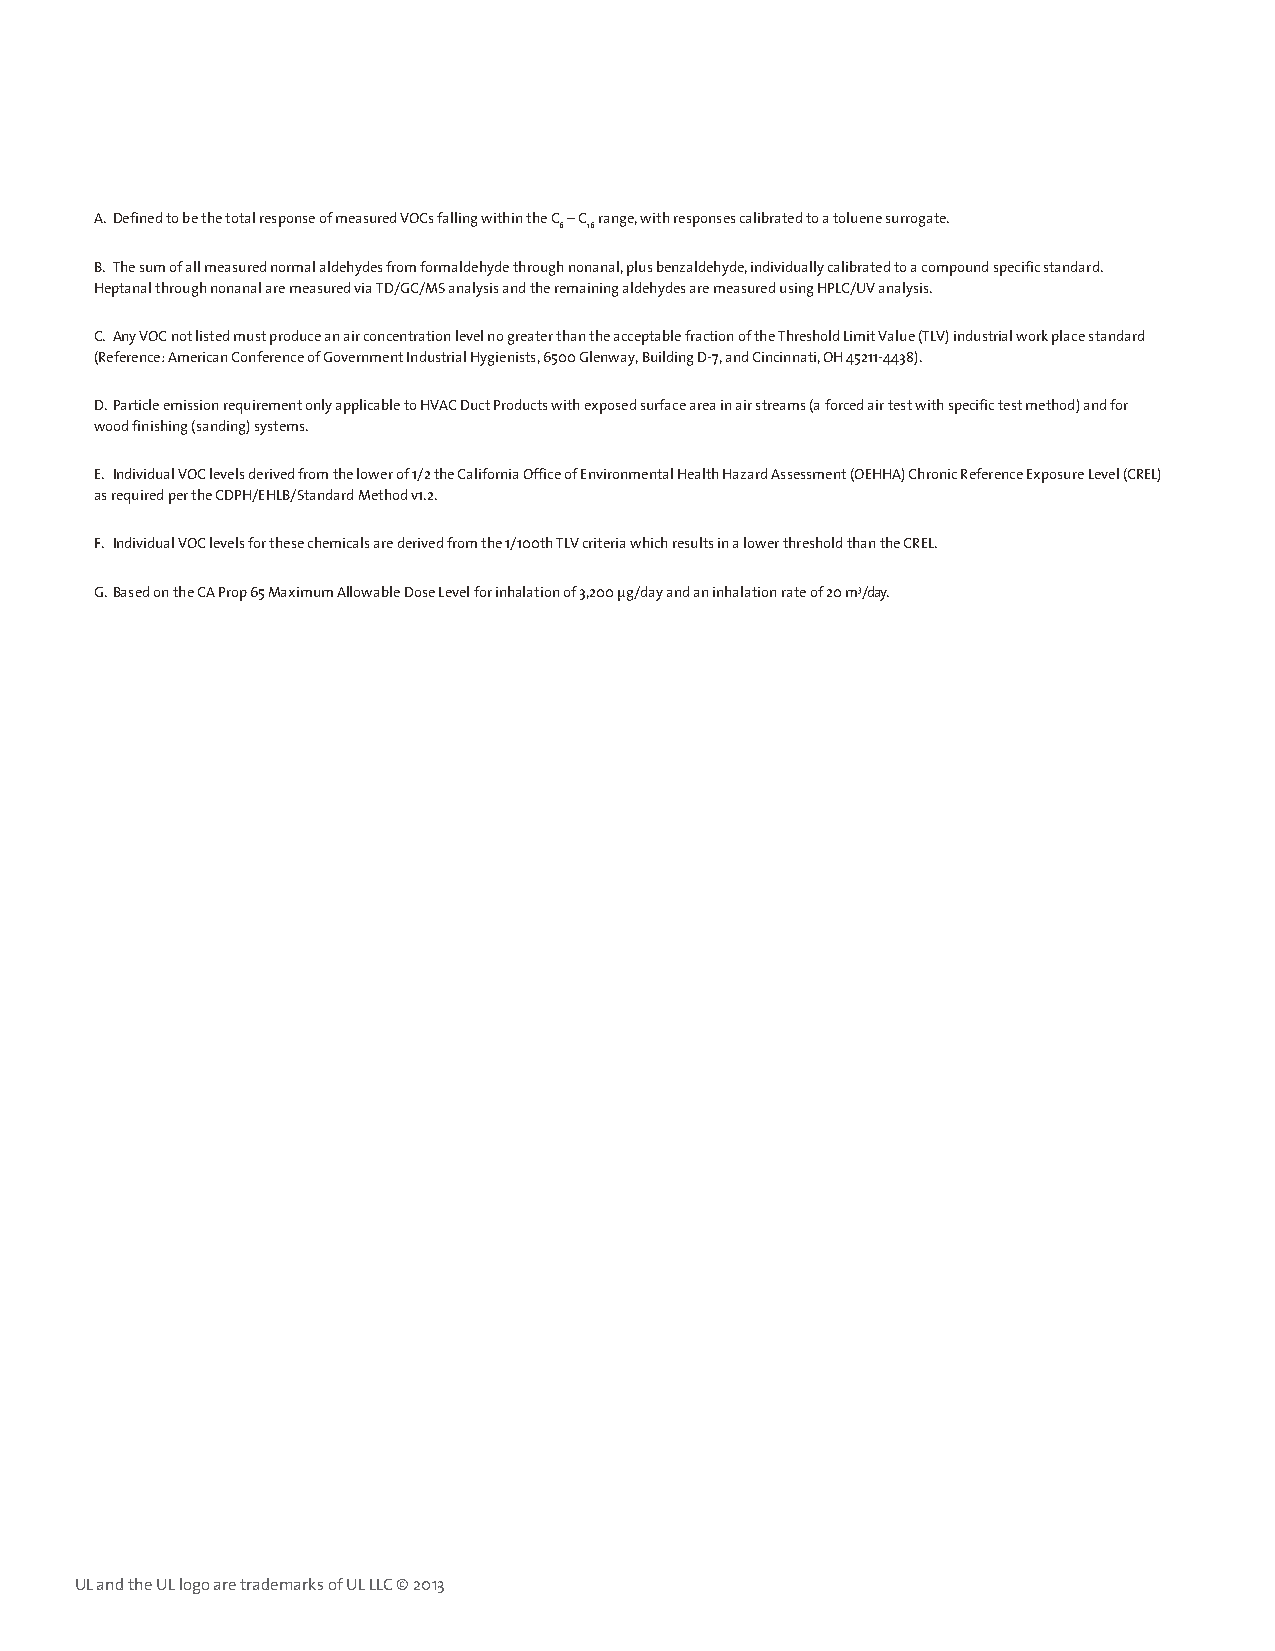
A. Defined to be the total response of measured VOCs falling within the C – C range, with responses calibrated to a toluene surrogate.
 6 16
 B. The sum of all measured normal aldehydes from formaldehyde through nonanal, plus benzaldehyde, individually calibrated to a compound specific standard.
 Heptanal through nonanal are measured via TD/GC/MS analysis and the remaining aldehydes are measured using HPLC/UV analysis.
 C. Any VOC not listed must produce an air concentration level no greater than the acceptable fraction of the Threshold Limit Value (TLV) industrial work place standard
 (Reference: American Conference of Government Industrial Hygienists, 6500 Glenway, Building D-7, and Cincinnati, OH 45211-4438).
 D.Particle emission requirement only applicable to HVAC Duct Products with exposed surface area in air streams (a forced air test with specific test method) and for
 wood finishing (sanding) systems.
 E. Individual VOC levels derived from the lower of 1/2 the California Office of Environmental Health Hazard Assessment (OEHHA) Chronic Reference Exposure Level (CREL)
 as required per the CDPH/EHLB/Standard Method v1.2.
 F. Individual VOC levels for these chemicals are derived from the 1/100th TLV criteria which results in a lower threshold than the CREL.
 G.Based on the CA Prop 65 Maximum Allowable Dose Level for inhalation of 3,200 μg/day and an inhalation rate of 20 m3/day.
 UL and the UL logo are trademarks of UL LLC © 2013